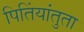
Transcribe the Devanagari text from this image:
पितिंयांतुता